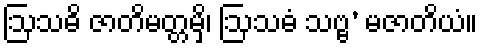
ဩသဓိ ဇာတိမတ္တမှိ၊ ဩသဓံ သဗ္ဗ’ မဇာတိယံ။